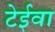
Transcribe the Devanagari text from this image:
टेईवा